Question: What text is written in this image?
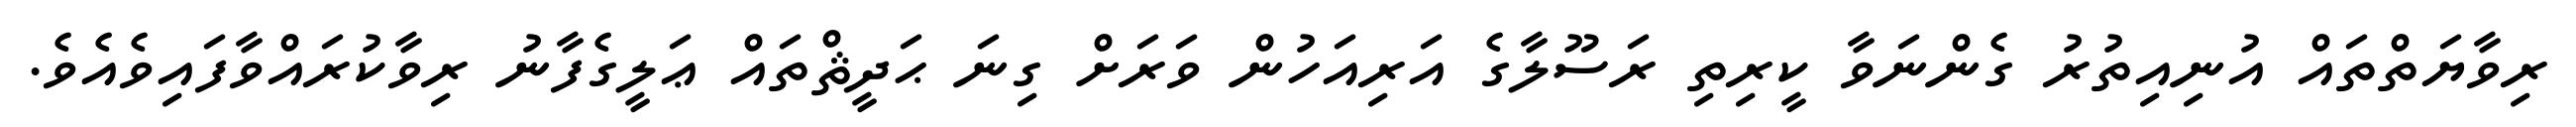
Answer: ރިވާޔަތްތައް އުނިއިތުރު ގެންނަވާ ކީރިތި ރަސޫލާގެ އަރިއަހުން ވަރަށް ގިނަ ޙަދީޘްތައް ޢަލީގެފާނު ރިވާކުރައްވާފައިވެއެވެ.